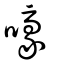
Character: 嚎